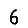
Digit: 6